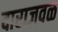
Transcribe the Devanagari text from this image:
दाराजवळ